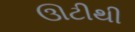
ઊટીથી